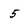
Character: 5